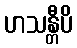
ဟသန္တီပိ